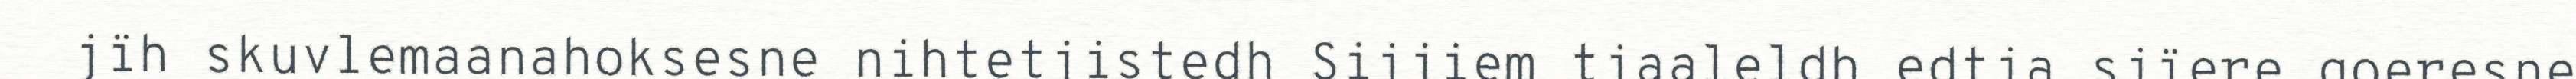
jïh skuvlemaanahoksesne nihtetjistedh Sijjiem tjaaleldh edtja sjïere goeresne